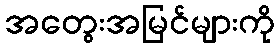
အတွေးအမြင်များကို